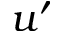
u ^ { \prime }